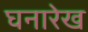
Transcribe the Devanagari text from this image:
घनारेख